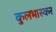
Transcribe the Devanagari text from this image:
कुलभास्कर